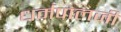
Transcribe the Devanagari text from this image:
धर्मपालजी